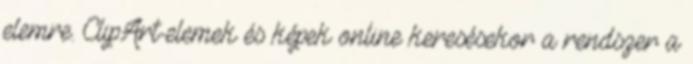
elemre. ClipArt-elemek és képek online keresésekor a rendszer a